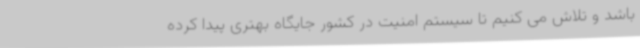
باشد و تلاش می کنیم تا سیستم امنیت در کشور جایگاه بهتری پیدا کرده